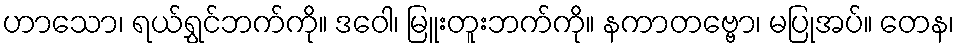
ဟာသော၊ ရယ်ရွှင်ဘက်ကို။ ဒဝေါ၊ မြူးတူးဘက်ကို။ နကာတဗ္ဗော၊ မပြုအပ်။ တေန၊